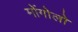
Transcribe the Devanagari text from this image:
मोंगोलो